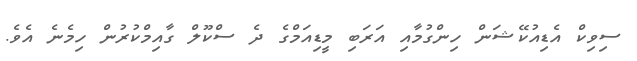
ސިވިކް އެޑިއުކޭޝަން ހިންގުމާއި އަރަބި މީޑިއަމްގެ ދެ ސްކޫލް ގާއިމްކުރުން ހިމެނެ އެވެ.